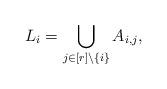
LaTeX: \begin{align*} L_i = \bigcup_{j \in [r] \setminus \{ i \}} A_{i,j},\end{align*}